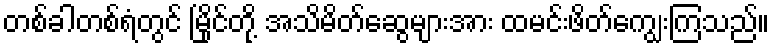
တစ်ခါတစ်ရံတွင် မြိုင်တို့ အသိမိတ်ဆွေများအား ထမင်းဖိတ်ကျွေးကြသည်။